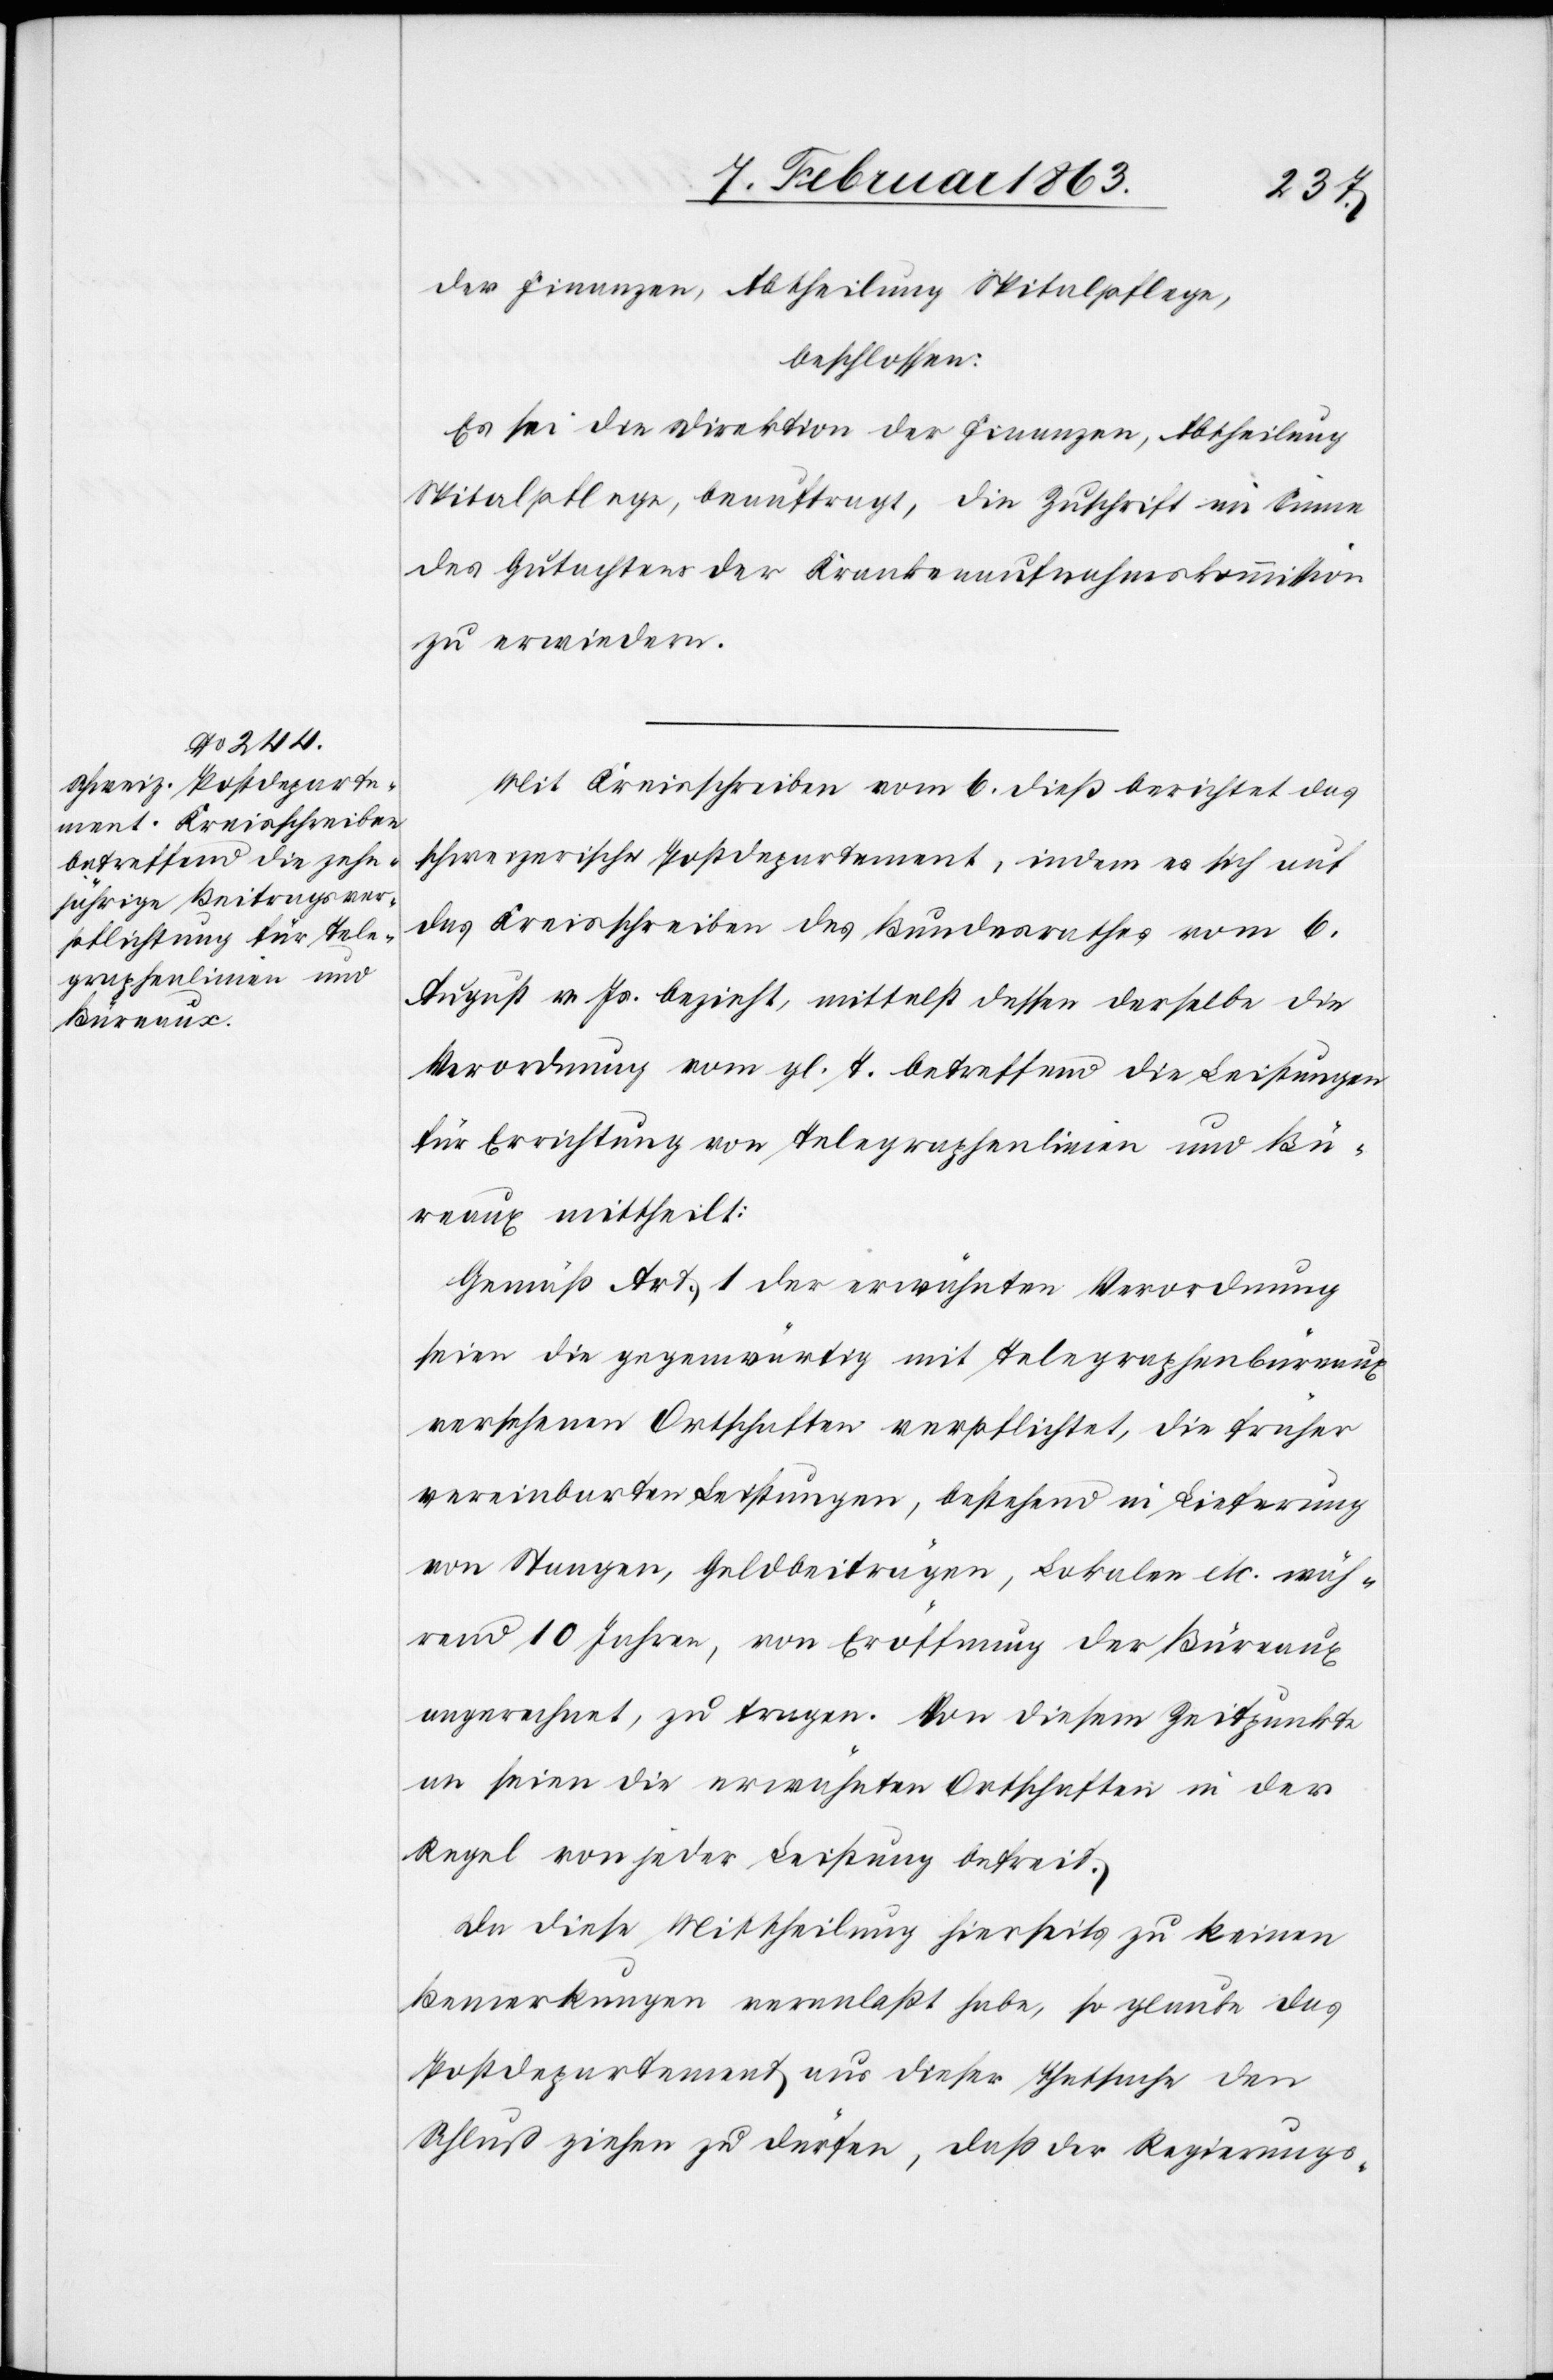
der Finanzen, Abtheilung Spitalpflege,
beschlossen:
Es sei die Direktion der Finanzen, Abtheilung
Spitalpflege, beauftragt, die Zuschrift im Sinne
des Gutachtens der Krankenaufnahmskommission
zu erwiedern.
Mit Kreisschreiben vom 6. dieß berichtet das
schweizerische Postdepartement, indem es sich auf
das Kreisschreiben des Bundesrathes vom 6.
August v. Js. bezieht, mittelst dessen derselbe die
Verordnung vom gl. T. betreffend die Leistungen
für Errichtung von Telegraphenlinien und Bü¬
reaux mittheilt:
Gemäß Art. 1 der erwähnten Verordnung
seien die gegenwärtig mit Telegraphenbüreaux
versehenen Ortschaften verpflichtet, die früher
vereinbarten Leistungen, bestehend in Lieferung
von Stangen, Geldbeiträgen, Lokalen etc. wäh¬
rend 10 Jahren, von Eröffnung der Büreaux
angerechnet, zu tragen. Von diesem Zeitpunkt
an seien die erwähnten Ortschaften in der
Regel von jeder Leistung befreit.
Da diese Mittheilung hierseits zu keinen
Bemerkungen veranlaßt habe, so glaube das
Postdepartement aus dieser Thatsache den
Schluß ziehen zu dürfen, daß der Regierungs-